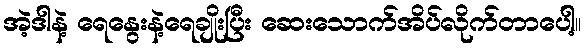
အဲ့ဒါနဲ့ ရေနွေးနဲ့ရေချိုးပြီး ဆေးသောက်အိပ်လိုက်တာပေါ့။